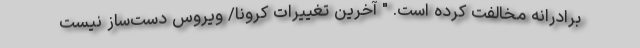
برادرانه مخالفت کرده است. " آخرین تغییرات کرونا/ ویروس دست‌ساز نیست